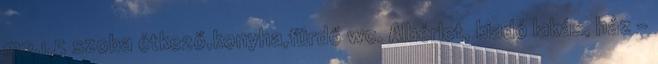
m2.1,5 szoba étkező,konyha,fürdő wc. Albérlet, kiadó lakás, ház -